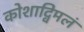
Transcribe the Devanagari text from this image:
कोशाद्विमलं